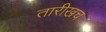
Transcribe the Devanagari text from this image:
तारीखच